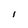
Character: l